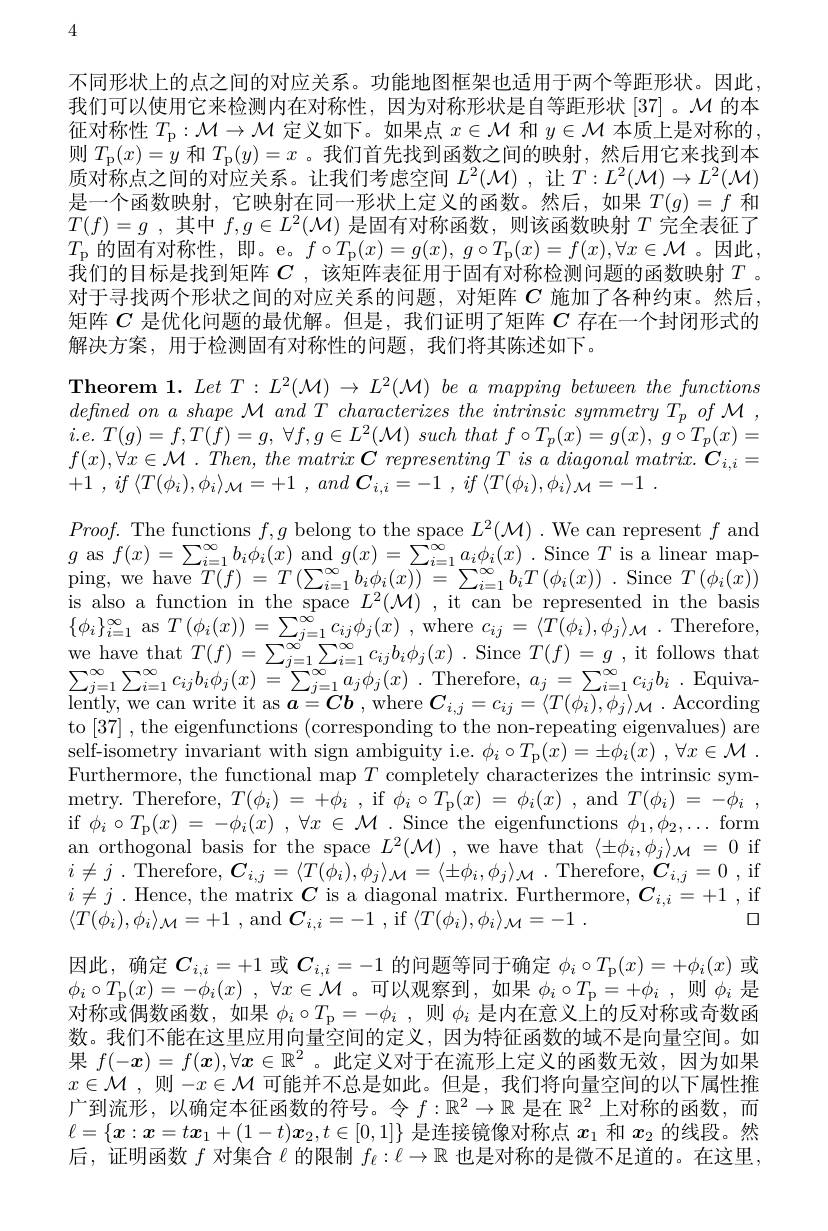
4

不同形状上的点之间的对应关系。功能地图框架也适用于两个等距形状。因此， 我们可以使用它来检测内在对称性，因为对称形状是自等距形状[37]。M 的本征对称性$T_\mathrm{p} : \mathcal{M} \to \mathcal{M}$定义如下。如果点$x\in\mathcal{M}$和$y\in\mathcal{M}$本质上是对称的， 则$T_{\mathrm{p}}(x)=y$和$T_{\mathrm{p}}(y)=x$ 。我们首先找到函数之间的映射，然后用它来找到本质对称点之间的对应关系。让我们考虑空间$L^2(\mathcal{M})$ ,让$T:L^2(\mathcal{M})\to L^2(\mathcal{M})$ 是一个函数映射，它映射在同一形状上定义的函数。然后，如果$T(g)=f$和$T( f) = g$ ,其中$f,g\in L^2(\mathcal{M})$是固有对称函数，则该函数映射$T$完全表征了$T_{\mathrm{p}}$ 的固有对称性，即。e。$f\circ T_\mathrm{p} ( x) = g( x) $, $g\circ T_\mathrm{p} ( x) = f( x) , \forall x\in \mathcal{M}$。因此， $\dot{\text{我们的目标是找到矩阵 }C}$ ,该矩阵表征用于固有对称检测问题的函数映射$T$ 。对于寻找两个形状之间的对应关系的问题，对矩阵$C$施加了各种约束。然后， 矩阵$C$是优化问题的最优解。但是，我们证明了矩阵$C$存在一个封闭形式的解决方案，用于检测固有对称性的问题，我们将其陈述如下。

Theorem 1. Let $T: L^{2}( \mathcal{M} ) \to L^{2}( \mathcal{M} )$ be a mapping between the functions $defned~on~a~shape~\mathcal{M}~and~T~characterizes~the~intrinsic~symmetry~T_{p}~of~\mathcal{M}~$, $i. e.$ $T( g) = f, T( f) = g$, $\forall f, g\in L^{2}( \mathcal{M} )$ such that $f\circ T_{p}( x) = g( x) $, $g\circ T_{p}( x) =$ $f( x) , \forall x\in \mathcal{M}$ . $Then$, the matrix $\boldsymbol{C}$ representing $T$ $is$ $a$ diagonal $matrix. \boldsymbol{C}_{i, i}=$ +1 , $if$ $\langle T( \phi _{i}) , \phi _{i}\rangle _{\mathcal{M} }= + 1$ , and $\boldsymbol{C}_{i, i}= - 1$ , $if$ $\langle T( \phi _{i}) , \phi _{i}\rangle _{\mathcal{M} }= - 1$ .
$Proof.$ The functions $f,g$ belong to the space $L^2(\mathcal{M}).$ We can represent $f$ and $g$ as $f(x)=\sum_i=1^{\infty}b_{i}\phi_{i}(x)$ and $g(x)=\sum_i=1^{\infty}a_{i}\phi_{i}(x)$ Since $T$ is a linear mapping, we have $T(f)=T\left(\sum_{i=1}^{\infty}b_{i}\phi_{i}(x)\right)=\sum_{i=1}^{\infty}b_{i}T\left(\phi_{i}(x)\right).$ Since $T(\phi_{i}(x))$ is also a function in the space $L^2(\mathcal{M})$ ,it can be represented in the basis $\{\phi_{i}\}_{i=1}^{\infty}$ as $T( \phi _{i}( x) ) = \sum _{j= 1}^{\infty }c_{ij}\phi _{j}( x)$ , where $c_ij= \langle T( \phi _{i}) , \phi _{j}\rangle _{\mathcal{M} }$ .Therefore, we have that $T( f) = \sum _{j= 1}^{\infty }\sum _{i= 1}^{\infty }c_{ij}b_{i}\phi _{j}( x)$ . Since $T( f) = g$ , it follows that $\sum _{j= 1}^{\infty }\sum _{i= 1}^{\infty }c_{ij}b_{i}\phi _{j}( x)$ $= \sum _{j= 1}^{\infty }a_{j}\phi _{j}( x)$ .Therefore, $a_j= \sum _{i= 1}^{\infty }c_{ij}b_{i}$ . Equivalently, we can write it as $\boldsymbol{a}=\boldsymbol C\boldsymbol{b}$ , where $\boldsymbol{C}_i,j=c_{ij}=\langle T(\phi_i),\phi_j\rangle_{\mathcal{M}}.$ According to [37] , the eigenfunctions (corresponding to the non-repeating eigenvalues) are self-isometry invariant with sign ambiguity i.e. $\phi _i\circ T_{\mathrm{p} }( x) = \pm \phi _i( x)$ $, \forall x\in \mathcal{M}$ . Furthermore, the functional map $T$ completely characterizes the intrinsic sym- $\begin{array}{ccc}\mathrm{metry.~Therefore,~}T(\phi_{i})&=\:+\phi_{i}\:,\mathrm{~if~}\phi_{i}\circ T_{\mathrm{p}}(x)\:=\:\phi_{i}(x)\:,\mathrm{~and~}T(\phi_{i})\:=\:-\phi_{i}\:,\end{array}$ if $\phi _{i}\circ T_{\mathrm{p} }( x)$ = $- \phi _{i}( x)$ , $\forall x\in \mathcal{M}$ .Since the eigenfunctions $\phi_1,\phi_{2},\ldots$ form an orthogonal basis for the space $L^2(\mathcal{M})$ ,we have that $\langle\pm\phi_i,\phi_j\rangle_\mathcal{M}=0$ if $i\neq j$ . Therefore, $\boldsymbol{C}_i, j= \langle T( \phi _i) , \phi _j\rangle _{\mathcal{M} }= \langle \pm \phi _i, \phi _j\rangle _{\mathcal{M} }$ . Therefore, $\boldsymbol{C}_i, j= 0$ , if $i\neq j$ .Hence, the matrix $\boldsymbol{C}$ is a diagonal matrix. Furthermore, $\boldsymbol{C}_i,i=+1$ ,if
$\square$
$\langle T( \phi _{i}) , \phi _{i}\rangle _{\mathcal{M} }= + 1$ , and $\boldsymbol{C}_{i, i}= - 1$ , if $\langle T( \phi _{i}) , \phi _{i}\rangle _{\mathcal{M} }= - 1$ .
因此，确定$C_i,i=+1$或$C_i,i=-1$的问题等同于确定$\phi_i\circ T_{\mathrm{p}}(x)=+\phi_{i}(x)$或$\phi _{i}\circ T_{\mathrm{p} }( x) = - \phi _{i}( x)$ , $\forall x\in \mathcal{M}$。可以观察到，如果$\phi _i\circ T_{\mathrm{p} }= + \phi _{i}$ ,则$\phi_i$是对称或偶数函数，如果$\phi _i\circ T_{\mathrm{p} }= - \phi _i$ ,则$\phi_i$是内在意义上的反对称或奇数函数。我们不能在这里应用向量空间的定义，因为特征函数的域不是向量空间。如果$f(-x)=f(x),\forall x\in\mathbb{R}^2$ 。此定义对于在流形上定义的函数无效，因为如果$x\in\mathcal{M}$,则$-x\in\mathcal{M}$可能并不总是如此。但是，我们将向量空间的以下属性推广到流形，以确定本征函数的符号。令$f:\mathbb{R}^2\to\mathbb{R}$是在$\mathbb{R}^2$上对称的函数，而$\ell=\{x:x=t\boldsymbol{x}_1+(1-t)\boldsymbol{x}_2,t\in[0,1]\}$是连接镜像对称点$x_1$和$x_2$的线段。然后，证明函数$f$对集合$\ell$的限制$f_\ell:\ell\to\mathbb{R}$也是对称的是微不足道的。在这里，